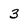
Character: 3